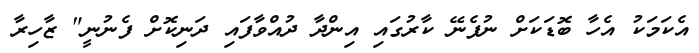
އެކަމަކު އެހާ ބޮޑަކަށް ނުފެނޭ ކާރުގައި އިންދާ ދުއްވާފައި ދަނިކޮށް ފެނުނީ" ޒާހިރާ